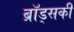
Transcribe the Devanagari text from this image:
ब्रॉड्सकी